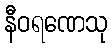
နီဝရဏေသု